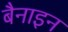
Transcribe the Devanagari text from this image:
बैनाइन